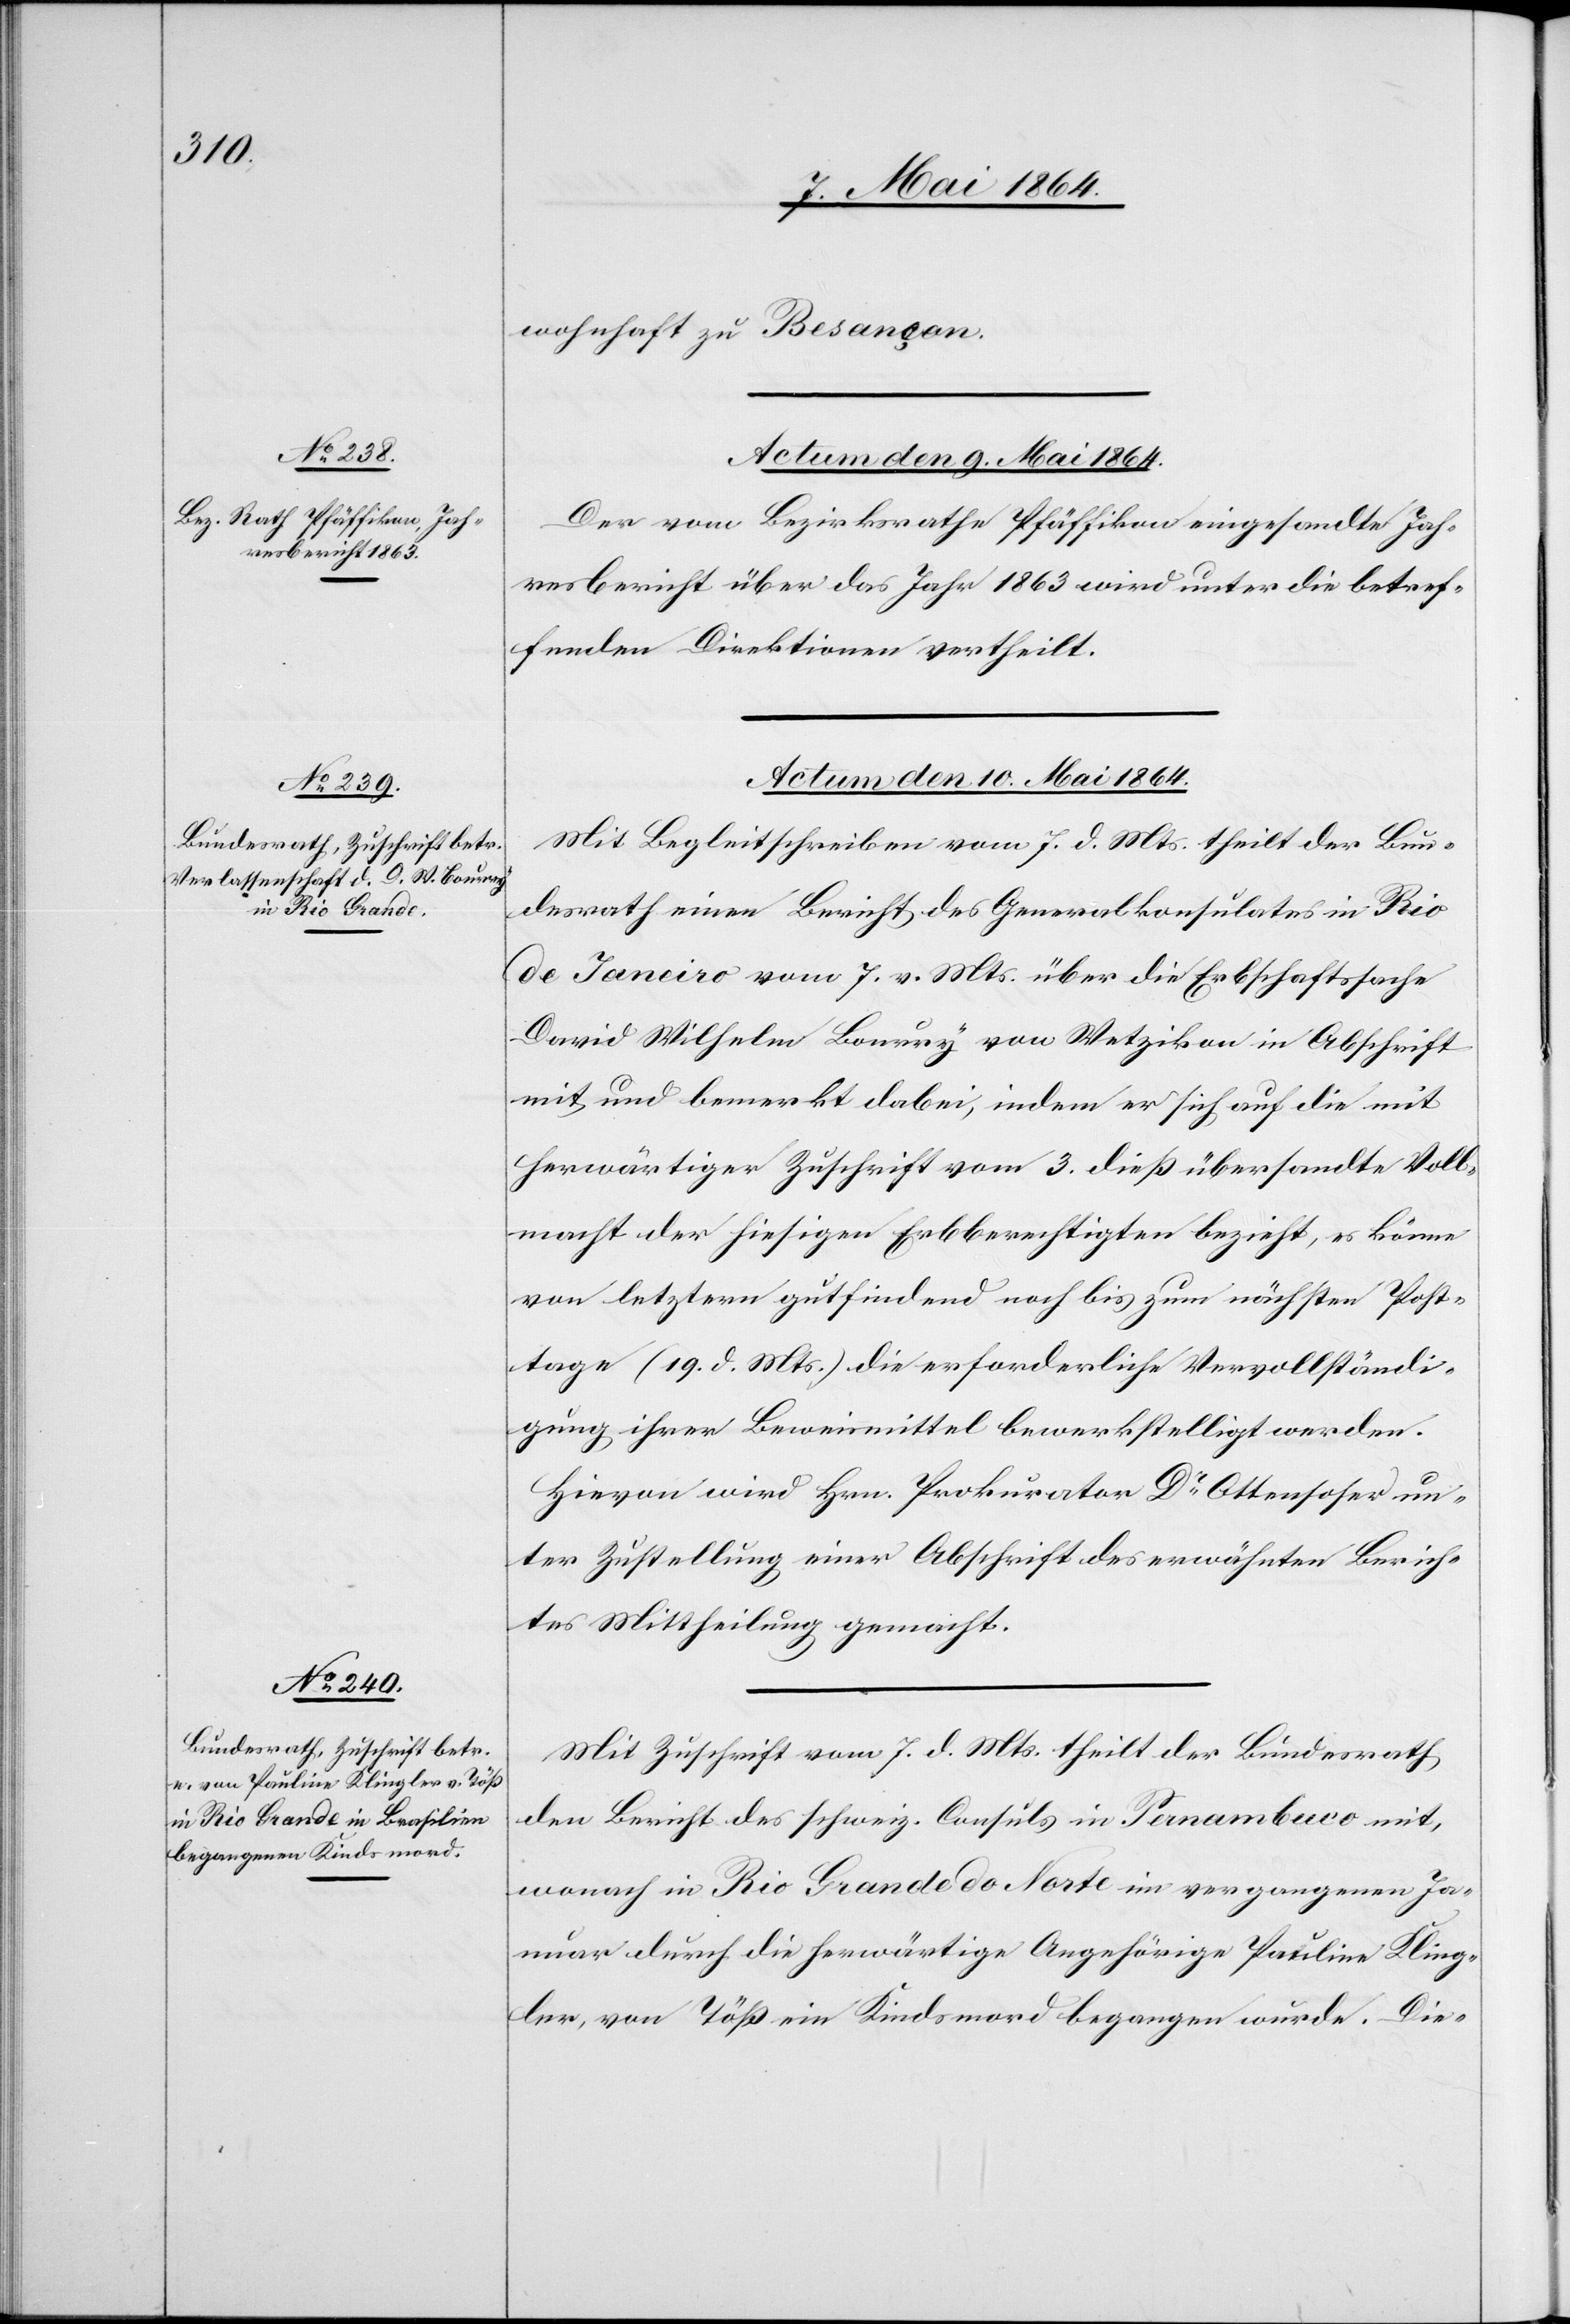
wohnhaft zu Besançon.
Actum den 9. Mai 1864.
Der vom Bezirksrathe Pfäffikon eingesandte Jah¬
resbericht über das Jahr 1863 wird unter die betref¬
fenden Direktionen vertheilt.
Actum den 10. Mai 1864.]
Mit Begleitschreiben vom 7. d. Mts. theilt der Bun¬
desrath einen Bericht des Generalkonsulates in Rio
de Janeiro vom 7. v. Mts. über die Erbschaftssache
David Wilhelm Bourry von Wetzikon in Abschrift
mit und bemerkt dabei, indem er sich auf die mit
herwärtiger Zuschrift vom 3. dieß übersandte Voll¬
macht der hiesigen Erbberechtigten bezieht, es könne
von letztern gutfindend noch bis zum nächsten Post¬
tage (19. d. Mts.) die erforderliche Vervollständi¬
gung ihrer Beweismittel bewerkstelligt werden.
Hievon wird Hrn. Prokurator Dr Ottensoser un¬
ter Zustellung einer Abschrift des erwähnten Berich¬
tes Mittheilung gemacht.
Mit Zuschrift vom 7. d. Mts. theilt der Bundesrath
den Bericht des schweiz. Consuls in Panambuco mit,
wonach in Rio Grande do Norte im vergangenen Ja¬
nuar durch die herwärtige Angehörige Pauline Kling¬
ler, von Töß ein Kindsmord begangen wurde. Die-